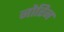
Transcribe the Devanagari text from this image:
नोरिन